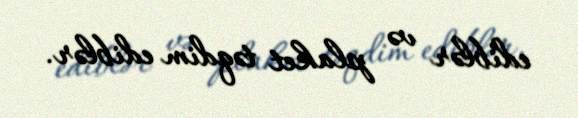
ediblər və plaket təqdim ediblər.